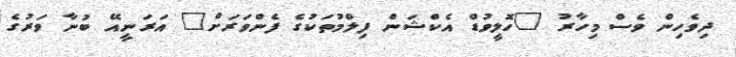
ދިވެހިން ވެސް މިހާރު "ހޮލީވުޑް އެކްޝަން ފިލްމުތަކުގެ ފެންވަރަށް" އަރަނީއޭ ބުނާ ވަރުގެ